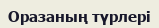
Оразаның түрлері